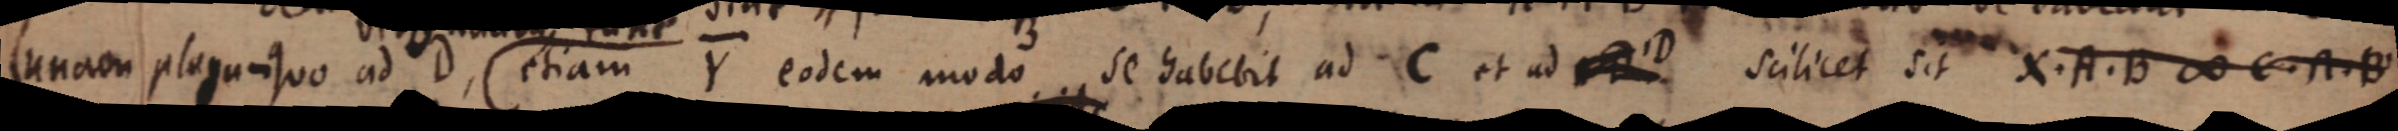
unam plaga quo ad D, etiam Y eodem modo se habebit ad C at ad F scilicet sit X. A. B ∞ C. A. B